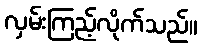
လှမ်းကြည့်လိုက်သည်။